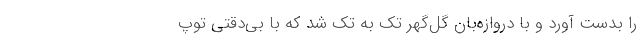
را بدست آورد و با دروازه‌بان گل‌گهر تک به تک شد که با بی‌دقتی توپ